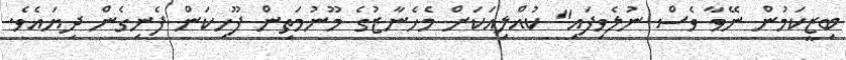
ބިޒީކަމުން ނޭވާ ވެސް ނުލެވިފައި" ކުއްލިއަކަށް މެހެނާޒުގެ މޫނުމަތިން ފޫހިކަން ފެނިގެން ދިޔައެވެ.